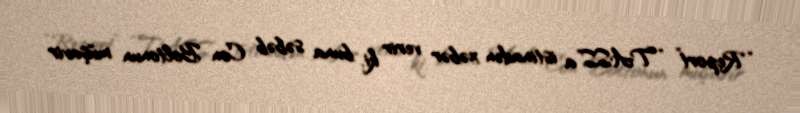
“Report” “TASS”a istinadən xəbər verir ki, buna səbəb Con Boltonun müşavir